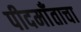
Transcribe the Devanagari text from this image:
पीदमाँताचा